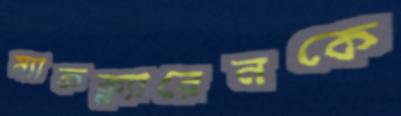
ম্যাকক্ল্যারেনকে